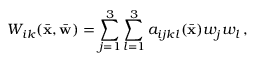
W _ { i k } ( \bar { \bf x } , \bar { \bf w } ) = \sum _ { j = 1 } ^ { 3 } \sum _ { l = 1 } ^ { 3 } a _ { i j k l } ( \bar { \bf x } ) w _ { j } w _ { l } \, ,